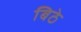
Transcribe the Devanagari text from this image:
बिठे